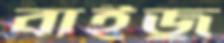
বাইজু